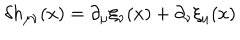
\delta h _ { \mu \nu } ( x ) = \partial _ { \mu } \xi _ { \nu } ( x ) + \partial _ { \nu } \xi _ { \mu } ( x )